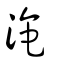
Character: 滝